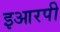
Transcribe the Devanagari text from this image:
इआरपी